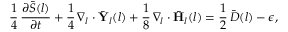
\frac { 1 } { 4 } \, \frac { \partial \bar { S } ( l ) } { \partial t } + \frac { 1 } { 4 } \, \nabla _ { l } \cdot \bar { \mathbf { Y } } _ { l } ( l ) + \frac { 1 } { 8 } \, \nabla _ { l } \cdot \bar { \mathbf { H } } _ { l } ( l ) = \frac { 1 } { 2 } \, \bar { D } ( l ) - \epsilon ,